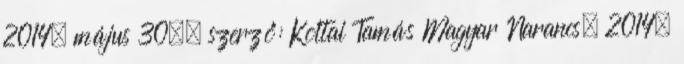
2014. május 30., szerző: Koltai Tamás Magyar Narancs, 2014.